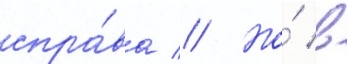
спра́ва // Но́ в